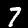
Digit: 7